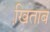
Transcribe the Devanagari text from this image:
खि़ताब